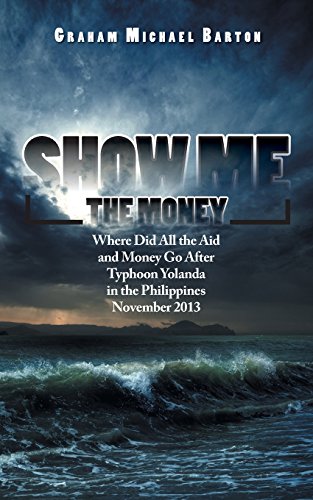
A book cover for Show Me the Money: Where Did All the Aid and Money Go After Typhoon Yolanda in the Philippines November 2013; Graham Michael Barton; Travel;